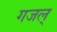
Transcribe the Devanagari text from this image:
गजल्